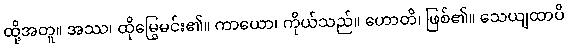
ထို့အတူ။ အဿ၊ ထိုမြွေမင်း၏။ ကာယော၊ ကိုယ်သည်။ ဟောတိ၊ ဖြစ်၏။ သေယျထာပိ